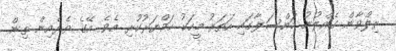
ރިލްވާން ގެއްލުނު މައްސަލާގައި ހަތަރު މީހަކު ހައްޔަރުކުރި އެވެ. އޭގެ ތެރެއިން ތިން